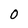
Character: 0